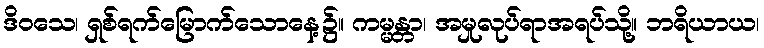
ဒိဝသေ၊ ရှစ်ရက်မြောက်သောနေ့၌။ ကမ္မန္တာ၊ အမှုလုပ်ရာအရပ်သို့။ ဘရိယာယ၊